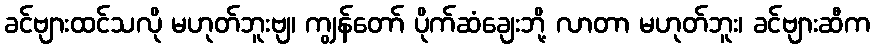
ခင်ဗျားထင်သလို မဟုတ်ဘူးဗျ၊ ကျွန်တော် ပိုက်ဆံချေးဘို့ လာတာ မဟုတ်ဘူး၊ ခင်ဗျားဆီက